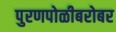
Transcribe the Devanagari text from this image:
पुरणपोळीबरोबर